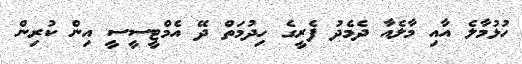
ހުޅުމާލެ އާއި މާލެއާ ދެމެދު ފެރީގެ ހިދުމަތް ދޭ އެމްޓީސީސީ އިން ކުރިން